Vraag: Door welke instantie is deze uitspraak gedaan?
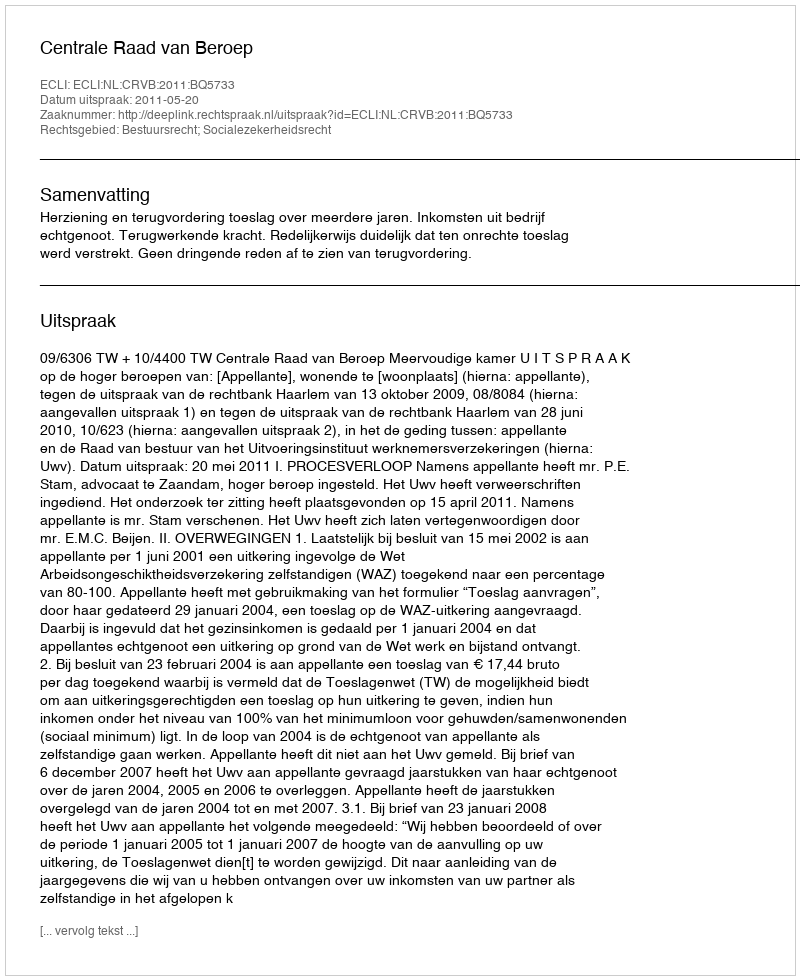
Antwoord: Centrale Raad van Beroep